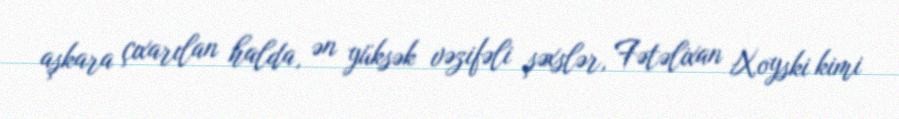
aşkara çıxarılan halda, ən yüksək vəzifəli şəxslər, Fətəlixan Xoyski kimi